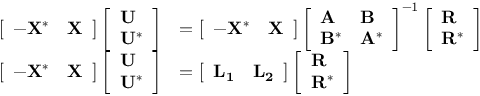
\begin{array} { r l } { \left[ \begin{array} { l l } { - \mathbf { X } ^ { * } } & { \mathbf { X } } \end{array} \right] \left[ \begin{array} { l } { \mathbf { U } } \\ { \mathbf { U } ^ { * } } \end{array} \right] } & { = \left[ \begin{array} { l l } { - \mathbf { X } ^ { * } } & { \mathbf { X } } \end{array} \right] \left[ \begin{array} { l l } { \mathbf { A } } & { \mathbf { B } } \\ { \mathbf { B } ^ { * } } & { \mathbf { A } ^ { * } } \end{array} \right] ^ { - 1 } \left[ \begin{array} { l } { \mathbf { R } } \\ { \mathbf { R } ^ { * } } \end{array} \right] } \\ { \left[ \begin{array} { l l } { - \mathbf { X } ^ { * } } & { \mathbf { X } } \end{array} \right] \left[ \begin{array} { l } { \mathbf { U } } \\ { \mathbf { U } ^ { * } } \end{array} \right] } & { = \left[ \begin{array} { l l } { \mathbf { L _ { 1 } } } & { \mathbf { L _ { 2 } } } \end{array} \right] \left[ \begin{array} { l } { \mathbf { R } } \\ { \mathbf { R } ^ { * } } \end{array} \right] } \end{array}